Document type: Sale
Year: 1235
Scribe: Pere de Bages
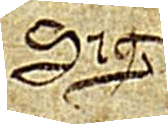
Sig